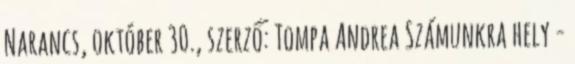
Narancs, október 30., szerző: Tompa Andrea Számunkra hely -